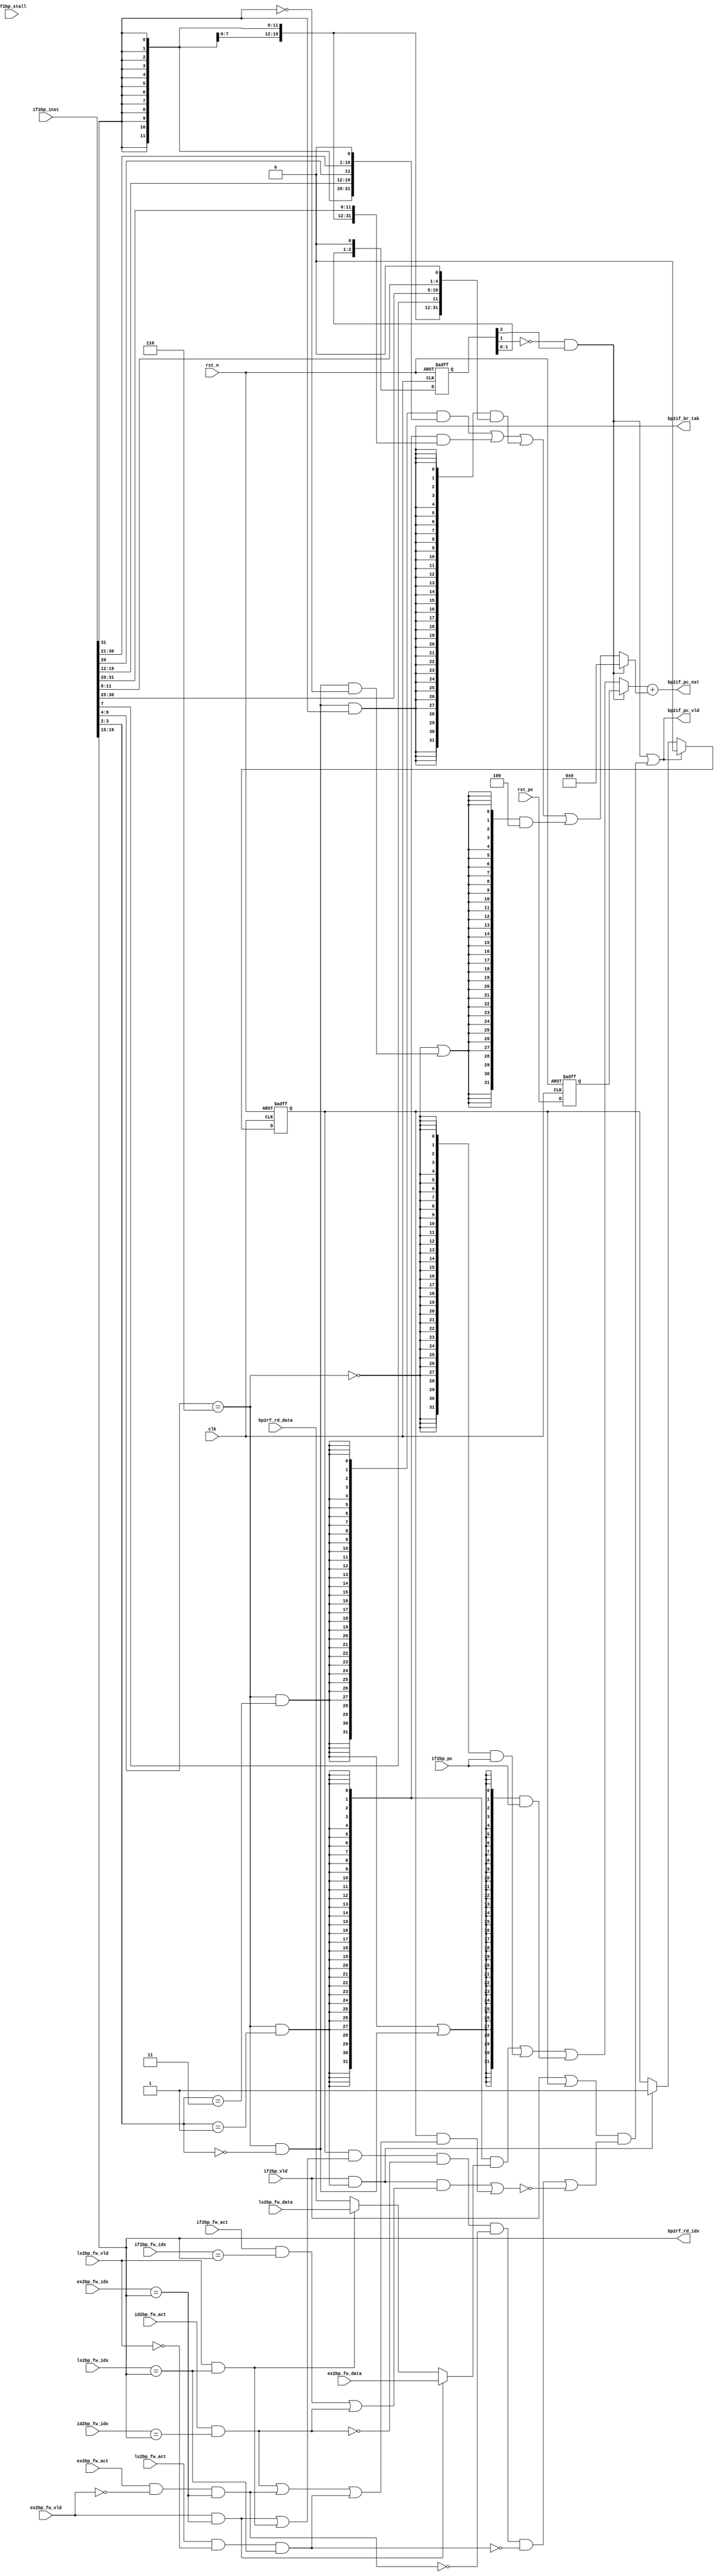
//************************************************************
// See LICENSE for license details.
//
// Module: uv_bpu
//
// Designer: Owen
//
// Description:
//      Branch Prediction Unit.
//************************************************************

`timescale 1ns / 1ps

module uv_bpu
#(
    parameter ALEN = 32,
    parameter ILEN = 32,
    parameter XLEN = 32
)
(
    input                   clk,
    input                   rst_n,
    
    // PC after reset, from system config.
    input  [ALEN-1:0]       rst_pc,

    // PC & instruction from IFU.
    input                   if2bp_vld,
    input  [ALEN-1:0]       if2bp_pc,
    input  [ILEN-1:0]       if2bp_inst,
    input                   if2bp_stall,

    // Reading from RF.
    output [4:0]            bp2rf_rd_idx,
    input  [XLEN-1:0]       bp2rf_rd_data,

    // INFO from forwarding path.
    input                   if2bp_fw_act,
    input  [4:0]            if2bp_fw_idx,

    input                   id2bp_fw_act,
    input  [4:0]            id2bp_fw_idx,

    input                   ex2bp_fw_act,
    input                   ex2bp_fw_vld,
    input  [4:0]            ex2bp_fw_idx,
    input  [XLEN-1:0]       ex2bp_fw_data,

    input                   ls2bp_fw_act,
    input                   ls2bp_fw_vld,
    input  [4:0]            ls2bp_fw_idx,
    input  [XLEN-1:0]       ls2bp_fw_data,

    // Prediction result.
    output                  bp2if_br_tak,
    output                  bp2if_pc_vld,
    output [ALEN-1:0]       bp2if_pc_nxt
);

    localparam UDLY         = 1;
    localparam SGN_EXTW     = ALEN - 12;

    // Pipeline control.
    wire                    if2bp_real;
    reg                     if2bp_fire_p;
    reg                     if2bp_init_p;

    // For instruction decoding.
    wire [6:0]              inst_opcode;
    wire                    inst_op_bjp;
    wire                    inst_op_jal;
    wire                    inst_op_jalr;
    wire                    inst_op_branch;
    wire                    inst_op_nbjp;

    wire [11:0]             inst_i_imm;
    wire [19:0]             inst_j_imm;
    wire [11:0]             inst_b_imm;

    wire                    inst_imm_sign;
    wire [SGN_EXTW-1:0]     inst_sign_ext;
    wire [ALEN-1:0]         inst_i_imm_ext;
    wire [ALEN-1:0]         inst_j_imm_ext;
    wire [ALEN-1:0]         inst_b_imm_ext;

    // For reset status.
    reg  [2:0]              rst_r;
    reg  [ALEN-1:0]         rst_pc_r;
    wire                    rst_pc_vld;
    wire                    rst_done;

    // For reg forwarding.
    wire                    fw_if_wait;
    wire                    fw_id_wait;
    wire                    fw_frm_exu;
    wire                    fw_frm_lsu;
    wire                    fw_ex_wait;
    wire                    fw_ls_wait;
    wire                    fw_none;
    wire [XLEN-1:0]         reg_data;
    wire [ALEN-1:0]         reg_pc;

    // For prediction.
    wire                    branch_taken;
    wire                    branch_not_taken;

    // For pc add.
    wire [ALEN-1:0]         bp_add_seq;
    wire [ALEN-1:0]         bp_add_opa;
    wire [ALEN-1:0]         bp_add_opb;

    // For bp stall.
    wire                    if2bp_jalr;
    wire                    bp_force;
    wire                    bp_stall;

    reg                     op_jalr_r;
    reg  [ALEN-1:0]         imm_ext_r;

    // Pre-decode opcode.
    assign inst_opcode      = if2bp_inst[6:0];
    assign inst_op_bjp      = inst_opcode[6:4] == 3'b110;
    assign inst_op_jal      = inst_op_bjp && (inst_opcode[3:2] == 2'b11);
    assign inst_op_jalr     = inst_op_bjp && (inst_opcode[3:2] == 2'b01);
    assign inst_op_branch   = inst_op_bjp && (inst_opcode[3:2] == 2'b00);
    assign inst_op_nbjp     = ~inst_op_bjp;

    // Pre-decode immediate.
    assign inst_i_imm       = if2bp_inst[31:20];
    assign inst_b_imm       = {if2bp_inst[31], if2bp_inst[7], if2bp_inst[30:25], if2bp_inst[11:8]};
    assign inst_j_imm       = {if2bp_inst[31], if2bp_inst[19:12], if2bp_inst[20], if2bp_inst[30:21]};

    // Extend immediate to address length.
    assign inst_imm_sign    = if2bp_inst[31];
    assign inst_sign_ext    = {SGN_EXTW{inst_imm_sign}};
    assign inst_i_imm_ext   = {inst_sign_ext, inst_i_imm};
    assign inst_j_imm_ext   = {inst_sign_ext[SGN_EXTW-10:0], inst_j_imm, 1'b0};
    assign inst_b_imm_ext   = {inst_sign_ext[SGN_EXTW-2:0], inst_b_imm, 1'b0};

    // Access register file.
    assign bp2rf_rd_idx     = if2bp_inst[19:15];

    // Forward register value.
    assign fw_frm_exu       = ex2bp_fw_vld && (ex2bp_fw_idx == bp2rf_rd_idx);
    assign fw_frm_lsu       = ls2bp_fw_vld && (ls2bp_fw_idx == bp2rf_rd_idx);

    assign fw_if_wait       = if2bp_fw_act && (if2bp_fw_idx == bp2rf_rd_idx);
    assign fw_id_wait       = id2bp_fw_act && (id2bp_fw_idx == bp2rf_rd_idx);
    assign fw_ex_wait       = ex2bp_fw_act && (!ex2bp_fw_vld) && (ex2bp_fw_idx == bp2rf_rd_idx);
    assign fw_ls_wait       = ls2bp_fw_act && (!ls2bp_fw_vld) && (ls2bp_fw_idx == bp2rf_rd_idx);

    assign reg_data         = fw_frm_exu ? ex2bp_fw_data
                            : fw_frm_lsu ? ls2bp_fw_data
                            : bp2rf_rd_data;
    generate
        if (ALEN > XLEN) begin: gen_reg_pc_wider
            assign reg_pc = {{(ALEN-XLEN){1'b0}}, reg_data};
        end
        else begin: gen_reg_pc_narrower
            assign reg_pc = reg_data[XLEN-1:0];
        end
    endgenerate

    // Adopt static BTFN (Back Taken, Forward Not taken) branch prediction.
    assign branch_taken     = inst_op_branch & inst_imm_sign;
    assign branch_not_taken = inst_op_branch & (~inst_imm_sign);

    // Get adder operands.
    assign bp_add_seq       = {{(ALEN-3){1'b0}}, 3'b100};   // 'd4

    assign bp_add_opa       = rst_pc_vld ? rst_pc_r
                            : ({ALEN{inst_op_jalr}} & reg_pc)
                            | ({ALEN{inst_op_nbjp}} & if2bp_pc)
                            | ({ALEN{inst_op_jal | inst_op_branch}} & if2bp_pc);

    assign bp_add_opb       = rst_pc_vld ? {ALEN{1'b0}}
                            : ({ALEN{inst_op_jal }} & inst_j_imm_ext)
                            | ({ALEN{inst_op_jalr}} & inst_i_imm_ext)
                            | ({ALEN{branch_taken}} & inst_b_imm_ext)
                            | ({ALEN{inst_op_nbjp | branch_not_taken}} & bp_add_seq);

    //assign bp_add_opa       = rst_pc_vld ? rst_pc_r
    //                        : (inst_op_jalr | op_jalr_r) ? reg_pc
    //                        : (inst_op_jal  | inst_op_branch) ? if2bp_pc
    //                        : if2bp_pc;

    //assign bp_add_opb       = rst_pc_vld    ? {ALEN{1'b0}}
    //                        : op_jalr_r     ? imm_ext_r
    //                        : inst_op_jalr  ? inst_i_imm_ext
    //                        : inst_op_jal   ? inst_j_imm_ext
    //                        : branch_taken  ? inst_b_imm_ext
    //                        : bp_add_seq;

    // Stall prediction.
    assign if2bp_jalr       = if2bp_vld & inst_op_jalr;
    assign bp_force         = op_jalr_r & (fw_frm_exu | fw_frm_lsu)
                            & (~fw_id_wait) & (~fw_ex_wait) & (~fw_ls_wait);
                            // & (~fw_id_wait) & (~fw_ex_wait) & (~fw_ls_wait) & (~if2bp_stall);
    assign bp_stall         = (if2bp_jalr & (fw_if_wait | fw_id_wait))
                            | (op_jalr_r & (fw_id_wait | fw_ex_wait | fw_ls_wait));
                            // | (op_jalr_r & (fw_id_wait | fw_ex_wait | fw_ls_wait | if2bp_stall));

    // Get the next pc.
    //assign bp2if_pc_vld   = rst_pc_vld | if2bp_vld;
    assign bp2if_pc_vld     = rst_pc_vld | ((if2bp_vld | op_jalr_r) & (bp_force | (~bp_stall)));
    assign bp2if_pc_nxt     = bp_add_opa + bp_add_opb;

    // Resp branch taken flag.
    //assign bp2if_br_tak   = ~branch_not_taken;
    assign bp2if_br_tak     = branch_taken;

    // Buffer reset status.
    always @(posedge clk or negedge rst_n) begin
        if (~rst_n) begin
            rst_r <= 3'b1;
        end
        else begin
            rst_r <= #UDLY {rst_r[1:0], 1'b0};
        end
    end

    // Buffer reset PC.
    always @(posedge clk or negedge rst_n) begin
        if (~rst_n) begin
            rst_pc_r <= {ALEN{1'b0}};
        end
        else begin
            rst_pc_r <= #UDLY rst_pc;
        end
    end

    always @(posedge clk or negedge rst_n) begin
        if (~rst_n) begin
            op_jalr_r <= 1'b0;
            imm_ext_r <= {ALEN{1'b0}};
        end
        else begin
            if (bp2if_pc_vld) begin
                op_jalr_r <= #UDLY 1'b0;
            end
            else if (if2bp_jalr) begin
                op_jalr_r <= #UDLY 1'b1;
                imm_ext_r <= #UDLY inst_i_imm_ext;
            end
        end
    end

    assign rst_pc_vld = ~rst_r[1] & rst_r[2];
    assign rst_done   = ~rst_r[1];

endmodule